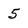
Character: 5